Document type: Clause in a will
Year: 1320
Scribe: Francesc de Torre
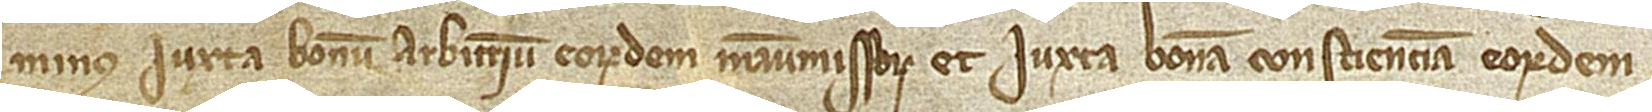
minus iuxta bonum arbitrium eorumdem manumissorum et iuxta bonam conscienciam eorumdem.